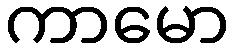
ကာမော